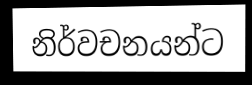
නිර්වචනයන්ට